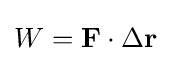
W=\mathbf {F} \cdot \Delta \mathbf {r}